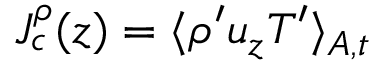
J _ { c } ^ { \rho } ( z ) = \langle \rho ^ { \prime } u _ { z } T ^ { \prime } \rangle _ { A , t }